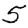
Digit: 5